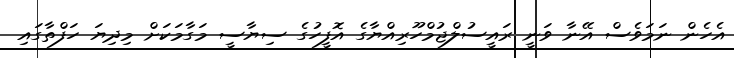
އެހެން ނަމަވެސް އޭނާ ވަނީ ރައީސުލްޖުމްހޫރިއްޔާގެ އޮފީހުގެ ސިޔާސީ މަގާމަކަށް މިދިޔަ ހަފްތާގައި